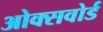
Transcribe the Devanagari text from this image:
ओक्सवोर्ड